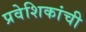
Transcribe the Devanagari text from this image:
प्रवेशिकांची